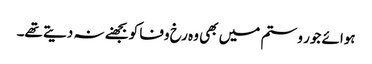
ہوائے جور و ستم میں بھی وہ رخ وفا کو بجھنے نہ دیتے تھے۔